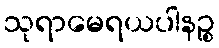
သုရာမေရယပါနဉ္စ